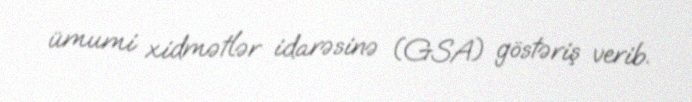
ümumi xidmətlər idarəsinə (GSA) göstəriş verib.